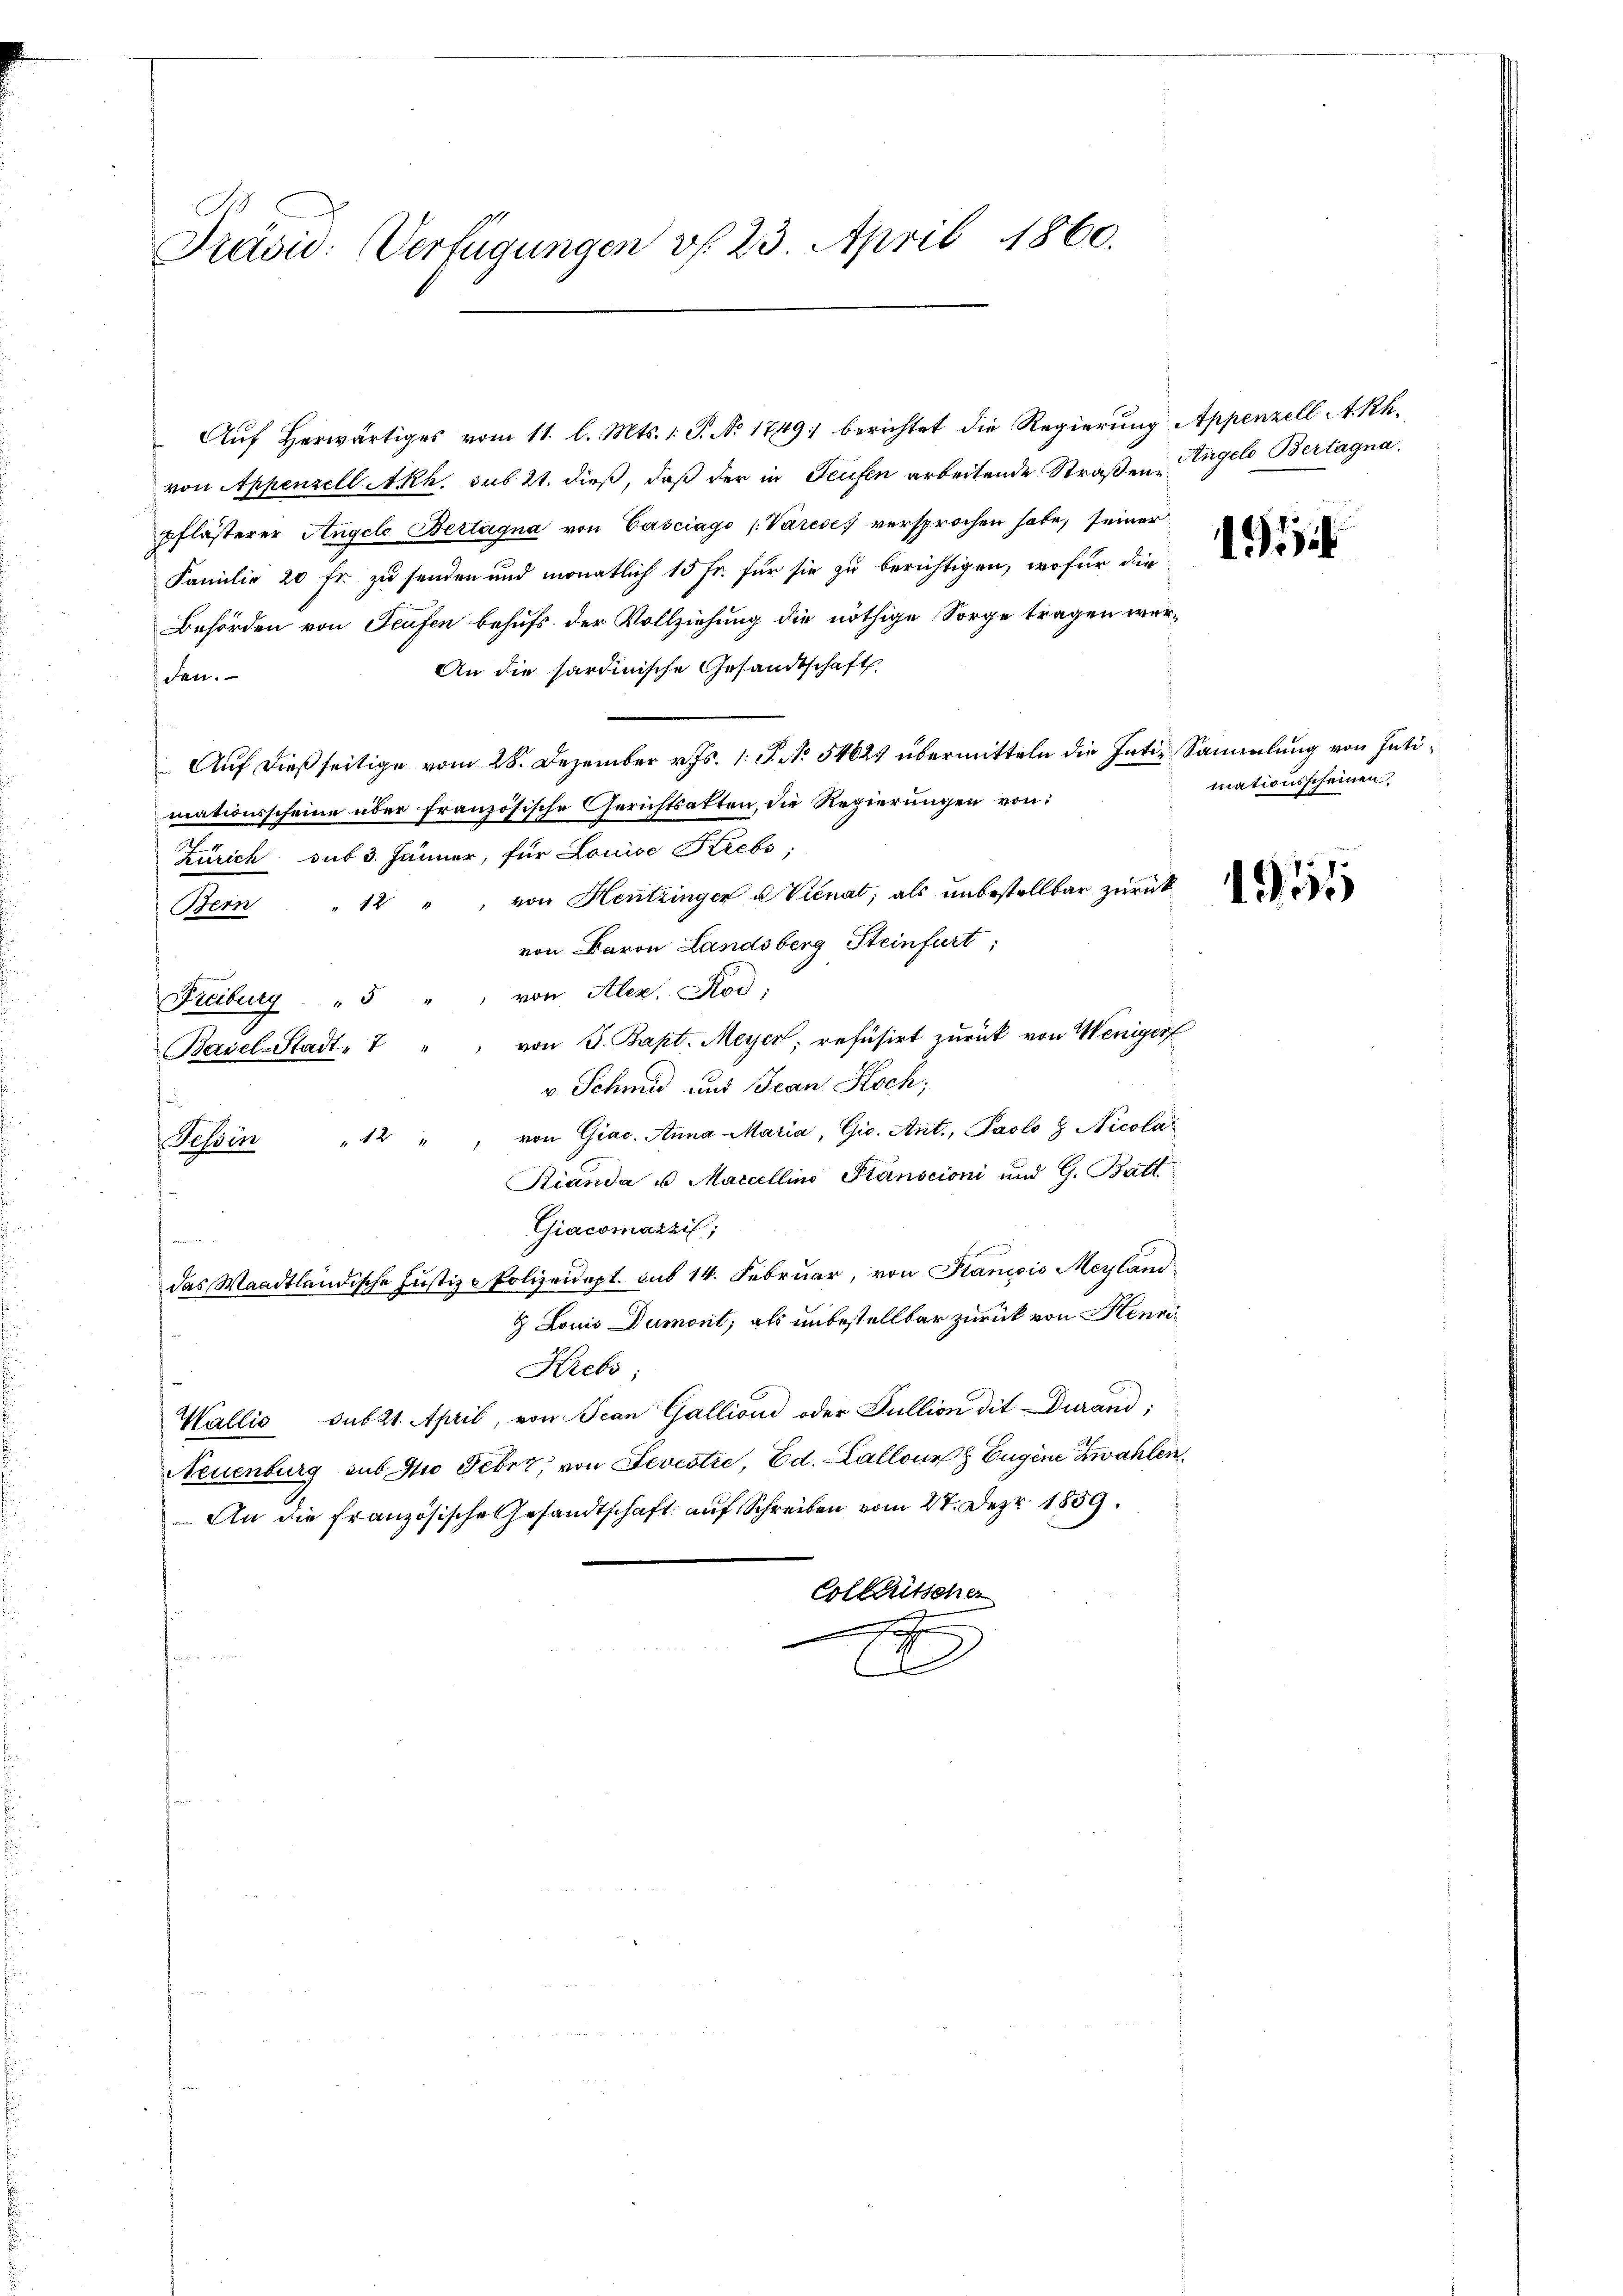
Prävid: Verfügungen v. 23. April 1860.

Aŭf herwärtiges vom 11. l. Mts. 1. P. No 1749) berichtet die Regierung Appenzell Akhvon Appenzell Akh. sub 21. dieß, daß der in Teufen arbeitende Straßen Angelo Bertagna,
pflästerer Angelo Bertagna von Casciago (Vareses versprochen habe, seiner
Familie 20 fr. zu senden und monatlich 15 fr. für sie zu berichtigen, wofür die ei
Behörden von Teufen behufs der Vollziehung die nöthige Sorge tragen wer¬
An die hardinische Gesandtschaft
den.
Auf dießseitige vom 28. Dezember v. Js. 1. P. No 54627 übermitteln die Intiz Sammlung von Hutimationsscheine über französische Gerichtsatten, die Regierungen von:
Zürich sub 3. Jänner, für Louise Krebs,
Bern " 12 " " von Hentzinger u Vienat, als ŭnbestellbar zŭrücke
von Baron Landsberg Steinfurt,
Freiburg " 5 " " von Alex. Rod;
von J. Bapt. Meyer, refusirt zurück von Weniger
Basel-Stadt, 7
v. Schmid und Jean Stoch,
Tessin " 12 " " von Giac. Anna Maria, Gio. Ant., Paolo Z Nicola
Rianda u. Marcellino Planscioni und G. Batt
Giacomazzil;
das Waadtländische Justiz-Polizeidapt. sub 14. Februar, von Stanicio Mayland¬
& Louis Dumont, als unbestellbar zurück von Henri¬
Krebs,
Wallis sub 21. April, von Jean Gallioni oder Fullion die Durand;
Neuenburg sub No Feber, von Sevestie, Ed. Kallons Eugene Zwahlen,
An die Französische Gesandtschaft auf Schreiben vom 27. Dez. 1859.
Collaritscher
e
.

mationsscheinen.